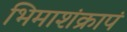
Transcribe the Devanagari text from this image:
भिमाशंक्रापं